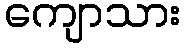
ကျောသား